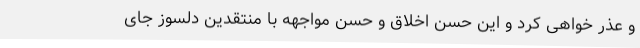
و عذر خواهی کرد و این حُسن اخلاق و حسن مواجهه با منتقدین دلسوز جای